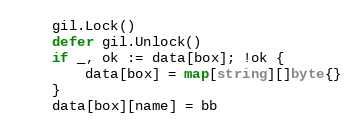
Language: Go
	gil.Lock()
	defer gil.Unlock()
	if _, ok := data[box]; !ok {
		data[box] = map[string][]byte{}
	}
	data[box][name] = bb